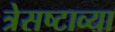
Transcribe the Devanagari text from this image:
त्रेसष्टाव्या